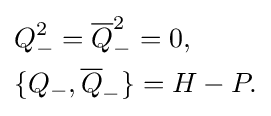
{\begin{aligned}&Q_{-}^{2}={\overline {Q}}_{-}^{2}=0,\\&\{Q_{-},{\overline {Q}}_{-}\}=H-P.\\\end{aligned}}